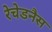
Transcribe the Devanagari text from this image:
रेचेडनैस